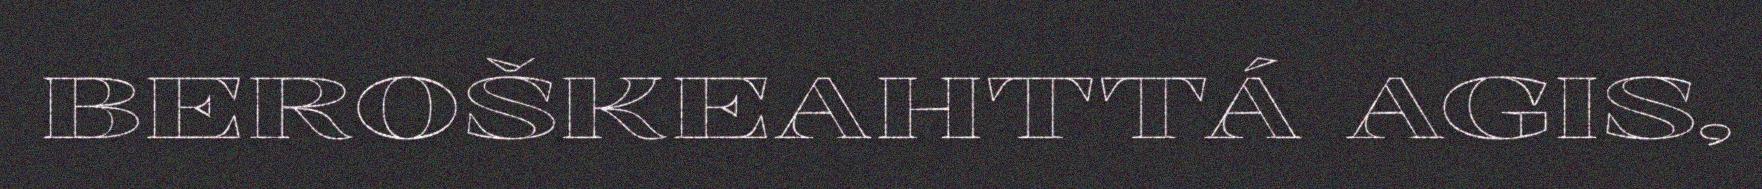
BEROŠKEAHTTÁ AGIS,